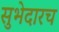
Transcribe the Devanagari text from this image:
सुभेदारच